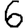
Digit: 6